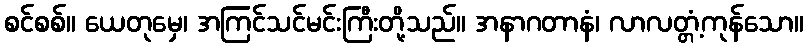
စင်စစ်။ ယေတုမှေ၊ အကြင်သင်မင်းကြီးတို့သည်။ အနာဂတာနံ၊ လာလတ္တံ့ကုန်သော။